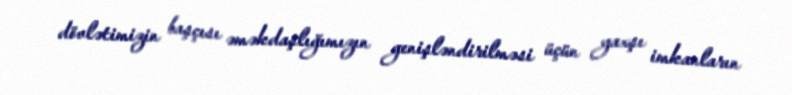
dövlətimizin başçısı əməkdaşlığımızın genişləndirilməsi üçün yaxşı imkanların